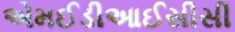
એમઈડીઆઈસીસી